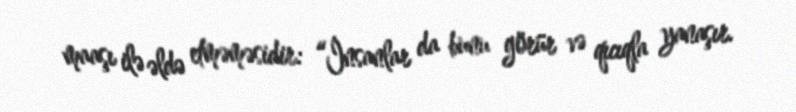
maaşı ilə əldə etməməsidir: “İnsanlar da bunu görür və qıcıqla yanaşır.